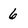
Character: 6